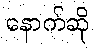
နောက်ဆို